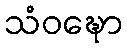
သံဝဍ္ဎော